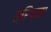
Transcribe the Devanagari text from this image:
त्रिपाता